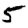
Digit: 5